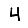
Digit: 4